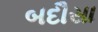
બદૌસા